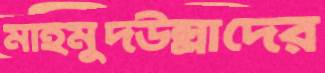
মাহমুদউল্লাদের